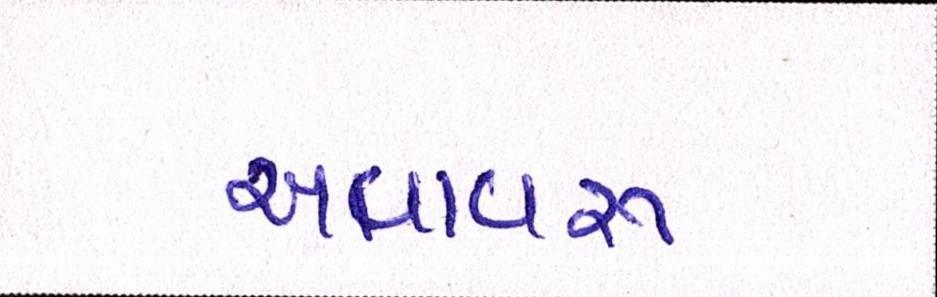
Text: અવાવરૂ